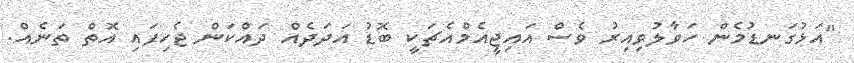
"އަޅުގަނޑުމެން ހަވާލުވިއިރު ވެސް އައިޖީއެމްއެޗަކީ ބޮޑު އަދަދެއް ދައްކަން ޖެހިފައި އޮތް ތަނެއް.